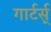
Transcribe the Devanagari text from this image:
गार्टर्स्